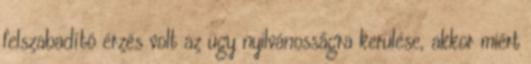
felszabadító érzés volt az ügy nyilvánosságra kerülése, akkor miért